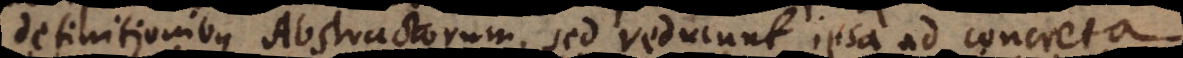
definitionibus Abstractorum, sed reducunt ipsa ad concreta,